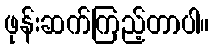
ဖုန်းဆက်ကြည့်တာပါ။